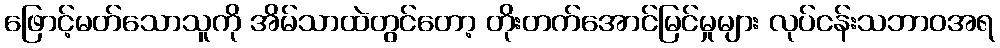
ဖြောင့်မတ်သောသူကို အိမ်သာထဲတွင်တော့ တိုးတက်အောင်မြင်မှုများ လုပ်ငန်းသဘာဝအရ